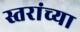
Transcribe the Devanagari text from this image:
स्तरांच्या